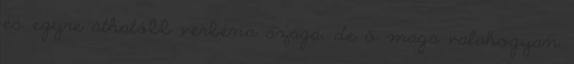
és egyre áthatóbb verbéna szaga, de ő maga valahogyan